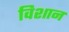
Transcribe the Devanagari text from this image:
विशान